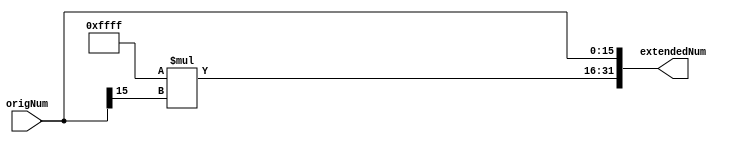
`timescale 1ns / 1ps

module SignExtend #(parameter N = 16)(input [(N-1):0] origNum, output wire [31:0] extendedNum );
    
    

    if(N == 16)    
    assign extendedNum[31:N] = 16'hFFFF * origNum[N-1];      
    else
    assign extendedNum[31:N] = 6'b111111 * origNum[N-1];
    
    assign extendedNum[(N-1):0] = origNum[(N-1):0];
    
    /*
	always @* begin
	
	if (origNum[15] == 1)
		extendedNum[31:16] = 16'hFFFF;
	else
	   extendedNum[31:16] = 16'h0000;
	
	
	extendedNum[15:0] = origNum[15:0];
	end
*/
endmodule